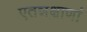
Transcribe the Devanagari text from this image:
एतन्नक्षाणां